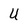
Character: U